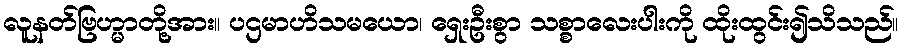
လူနတ်ဗြဟ္မာတို့အား။ ပဌမာဟိသမယော၊ ရှေးဦးစွာ သစ္စာလေးပါးကို ထိုးထွင်း၍သိသည်။